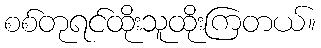
စစ်တုရင်ထိုးသူထိုးကြတယ်။